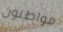
مواطنون